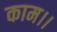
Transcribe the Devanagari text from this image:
काम।।